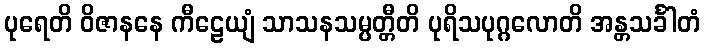
ပုရေတိ ဝိဇာနနေ ကီဠေယျံ သာသနသမ္ပတ္တီတိ ပုရိသပုဂ္ဂလောတိ အန္တသင်္ခါတံ